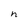
Character: n